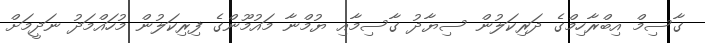
ގާސިމް އިބްރާހިމްގެ ދަރިކަލުން ސިޔާދު ގާސިމާއި ޔުމްނާ މައުމޫންގެ ފިރިކަލުން މުހައްމަދު ނަދީމަށް